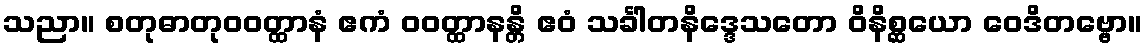
သညာ။ စတုဓာတုဝဝတ္ထာနံ ဧကံ ဝဝတ္ထာနန္တိ ဧဝံ သင်္ခါတနိဒ္ဒေသတော ဝိနိစ္ဆယော ဝေဒိတဗ္ဗော။